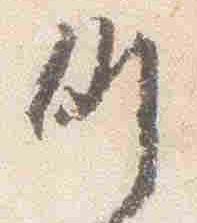
例